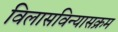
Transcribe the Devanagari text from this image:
विलासविन्यासक्रम